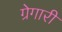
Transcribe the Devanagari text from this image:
ग्रेगारी